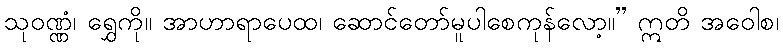
သုဝဏ္ဏံ၊ ရွှေကို။ အာဟာရာပေထ၊ ဆောင်တော်မူပါစေကုန်လော့။” ဣတိ အဝေါစ၊